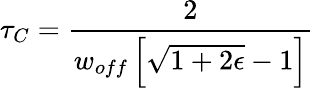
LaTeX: \tau_{C}={\frac{2}{w_{off}\left[\sqrt{1+2\epsilon}-1\right]}}